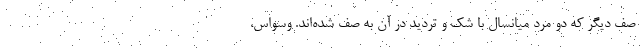
صف ديگر كه دو مرد ميانسال با شك و ترديد در آن به صف شده‌اند. وسواس،